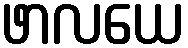
ဖာလယေ